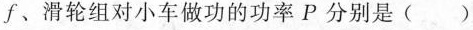
f﹑滑轮组对小车做功的功率P分别是()